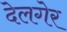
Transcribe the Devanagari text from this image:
देलगेर